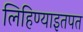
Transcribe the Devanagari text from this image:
लिहिण्याइतपत